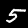
Label: 5